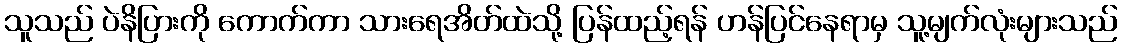
သူသည် ပဲနိပြားကို ကောက်ကာ သားရေအိတ်ထဲသို့ ပြန်ထည့်ရန် ဟန်ပြင်နေရာမှ သူ့မျက်လုံးများသည်